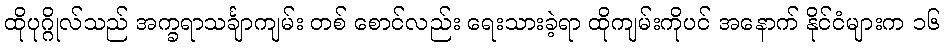
ထိုပုဂ္ဂိုလ်သည် အက္ခရာသင်္ချာကျမ်း တစ် စောင်လည်း ရေးသားခဲ့ရာ ထိုကျမ်းကိုပင် အနောက် နိုင်ငံများက ၁၆